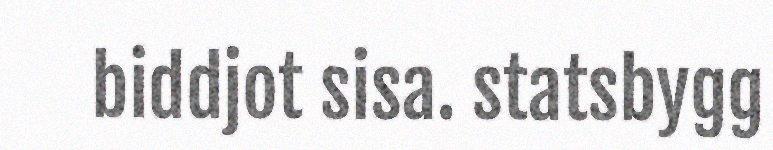
biddjot sisa. statsbygg